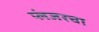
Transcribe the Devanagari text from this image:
प्लंजरचा